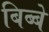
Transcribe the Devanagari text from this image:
बिब्बे